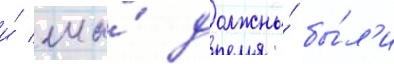
и́ мы́ должны́ бы́л'и